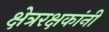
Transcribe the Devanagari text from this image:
क्षेत्ररक्षकांनी